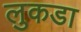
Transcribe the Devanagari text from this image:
लुकडा